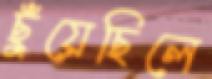
ছুঁয়েছিলে